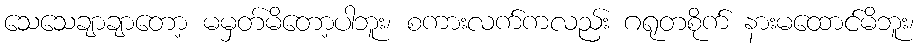
သေသေချာချာတော့ မမှတ်မိတော့ပါဘူး၊ စကားလက်ကလည်း ဂရုတစိုက် နားမထောင်မိဘူး၊